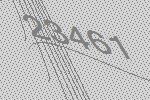
23461